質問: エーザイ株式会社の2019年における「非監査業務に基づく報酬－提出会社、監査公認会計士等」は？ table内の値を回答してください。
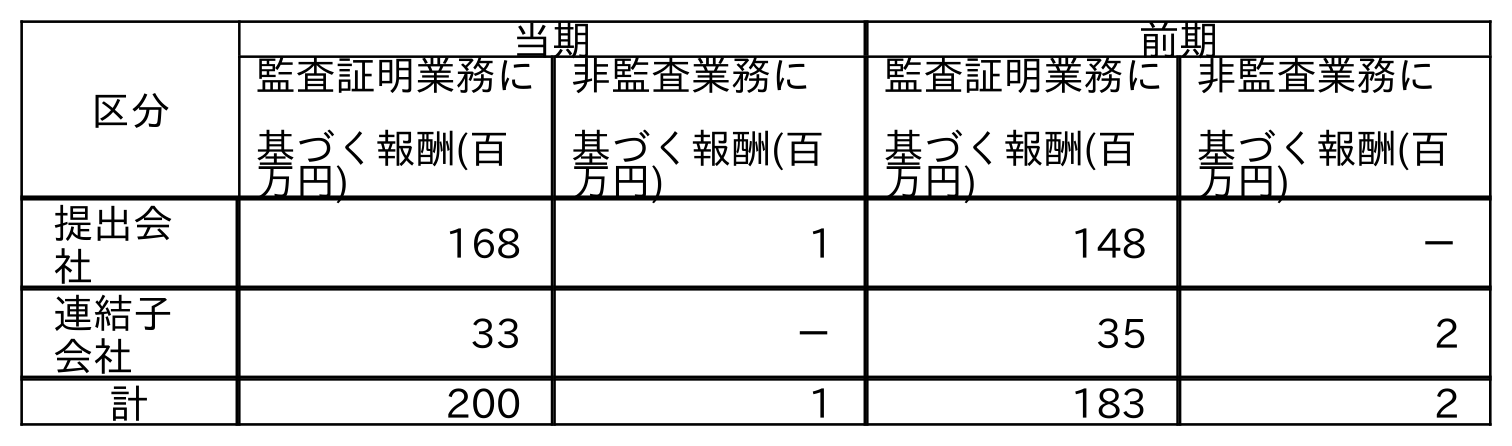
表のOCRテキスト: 区分 当期 前期 監査証明業務に 基づく報酬(百 万円) 非監査業務に 基づく報酬(百 万円) 監査証明業務に 基づく報酬(百 万円) 非監査業務に 基づく報酬(百 万円) 提出会 社 168 1 148 － 連結子 会社 33 － 35 2 計 200 1 183 2
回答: －